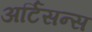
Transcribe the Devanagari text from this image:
अर्टिसन्स